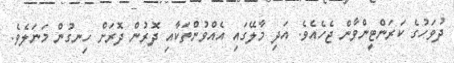
ދުވަހުގެ ކަރަންޓީންވާން ޖެހެއެވެ. އަދި މާލޭގައި އެއްވުންތަކާއި ދޮރުން ދޮރަށް ހިނގުން މަނަލެވެ.